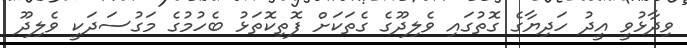
ވިދާޅުވީ އީދު ހަދިޔާގެ ގޮތުގައި ވެލިދޫގެ ގެތަކަށް ފޮތިކޮތަޅު ބެހުމުގެ މަގުސަދަކީ ވެލިދޫ